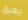
يعيق